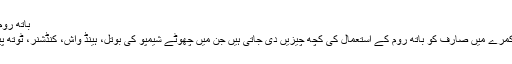
باتھ روم میں استعمال کرنے کی چند چیزیں:
فائیو اسٹار ہوٹل میں ٹھہرنے والے کمرے میں صارف کو باتھ روم کے استعمال کی کچھ چیزیں دی جاتی ہیں جن میں چھوٹے شیمپو کی بوتل، ہینڈ واش، کنڈشنر، ٹوتھ پیسٹ اور ٹوتھ برش وغیرہ شامل ہیں۔